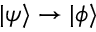
| \psi \rangle \to | \phi \rangle